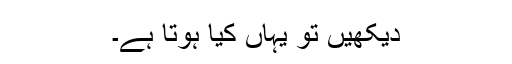
دیکھیں تو یہاں کیا ہوتا ہے۔